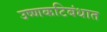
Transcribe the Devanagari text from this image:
उष्णकटिबंधात